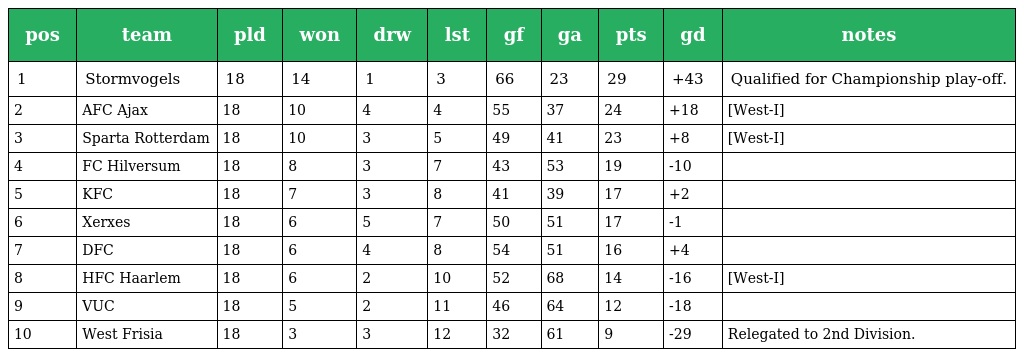
| pos | team | pld | won | drw | lst | gf | ga | pts | gd | notes |
 | --- | --- | --- | --- | --- | --- | --- | --- | --- | --- | --- |
 | 1 | Stormvogels | 18 | 14 | 1 | 3 | 66 | 23 | 29 | +43 | Qualified for Championship play-off. |
 | 2 | AFC Ajax | 18 | 10 | 4 | 4 | 55 | 37 | 24 | +18 | [West-I] |
 | 3 | Sparta Rotterdam | 18 | 10 | 3 | 5 | 49 | 41 | 23 | +8 | [West-I] |
 | 4 | FC Hilversum | 18 | 8 | 3 | 7 | 43 | 53 | 19 | -10 |  |
 | 5 | KFC | 18 | 7 | 3 | 8 | 41 | 39 | 17 | +2 |  |
 | 6 | Xerxes | 18 | 6 | 5 | 7 | 50 | 51 | 17 | -1 |  |
 | 7 | DFC | 18 | 6 | 4 | 8 | 54 | 51 | 16 | +4 |  |
 | 8 | HFC Haarlem | 18 | 6 | 2 | 10 | 52 | 68 | 14 | -16 | [West-I] |
 | 9 | VUC | 18 | 5 | 2 | 11 | 46 | 64 | 12 | -18 |  |
 | 10 | West Frisia | 18 | 3 | 3 | 12 | 32 | 61 | 9 | -29 | Relegated to 2nd Division. |